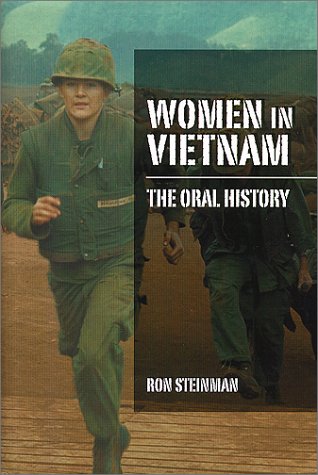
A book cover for Women In Vietnam; Ron Steinman; Politics & Social Sciences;